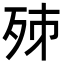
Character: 𣧨